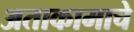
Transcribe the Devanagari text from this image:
अताकामाचे